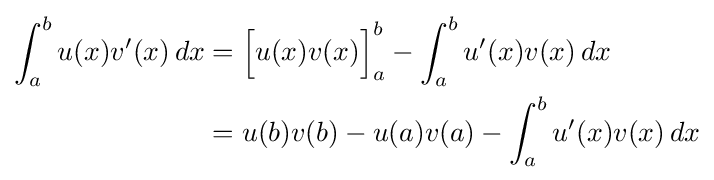
{\begin{aligned}\int _{a}^{b}u(x)v'(x)\,dx&={\Big [}u(x)v(x){\Big ]}_{a}^{b}-\int _{a}^{b}u'(x)v(x)\,dx\\&=u(b)v(b)-u(a)v(a)-\int _{a}^{b}u'(x)v(x)\,dx\end{aligned}}